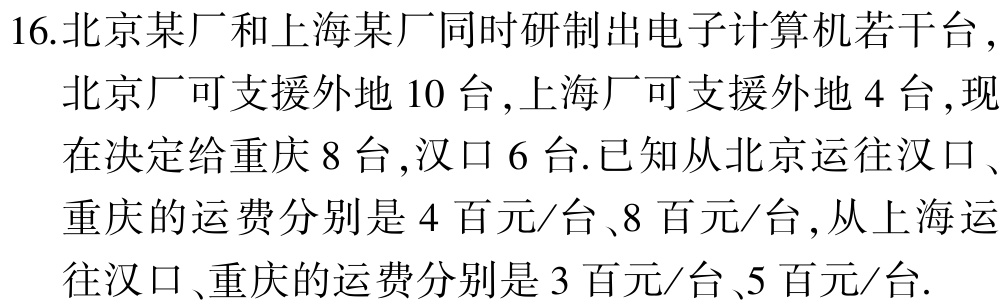
16.北京某厂和上海某厂同时研制出电子计算机若干台，北京厂可支援外地 10 台，上海厂可支援外地 4 台，现在决定给重庆 8 台，汉口 6 台.已知从北京运往汉口、重庆的运费分别是 4 百元/台、8 百元/台，从上海运往汉口、重庆的运费分别是 3 百元/台、5 百元/台.